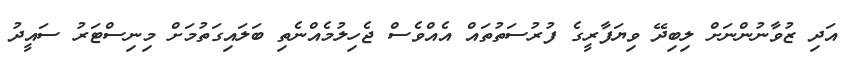
އަދި ޒުވާނުންނަށް ލިބިދޭ ވިިޔަފާރީގެ ފުރުސަތުތައް އެެއްވެސް ޖެހިލުމެއްނެތި ބަލައިގަތުމަށް މިނިސްޓަރު ސައީދު